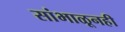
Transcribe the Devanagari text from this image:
सांभाळूनही